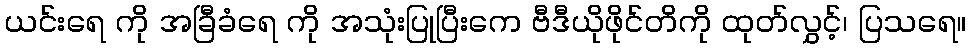
ယင်းရေ ကို အခြီခံရေ ကို အသုံးပြုပြီးကေ ဗီဒီယိုဖိုင်တိကို ထုတ်လွှင့်၊ ပြသရေ။